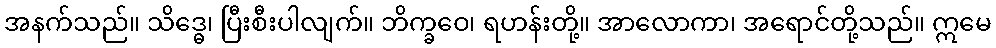
အနက်သည်။ သိဒ္ဓေ၊ ပြီးစီးပါလျက်။ ဘိက္ခဝေ၊ ရဟန်းတို့။ အာလောကာ၊ အရောင်တို့သည်။ ဣမေ